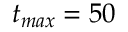
t _ { m a x } = 5 0